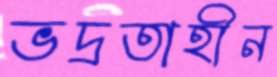
ভদ্রতাহীন